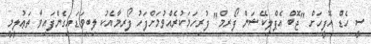
ސީ ހެޑް އޮފީހަށް "ޖޮބް އެޕްލިކޭޝަން ފޯރމް" ފުރިހަމަކުރެއްވުމަށްފަހު ފޯރމާއެކު ލިބިވަޑައިގެންފައިވާ ތަޢުލީމީ